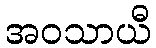
အဝသာယီ